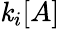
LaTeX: \mathit{k}_{i}[A]